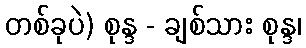
တစ်ခုပဲ) စုန္ဒ - ချစ်သား စုန္ဒ၊